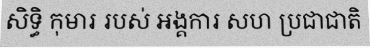
សិទ្ធិ កុមារ របស់ អង្គការ សហ ប្រជាជាតិ